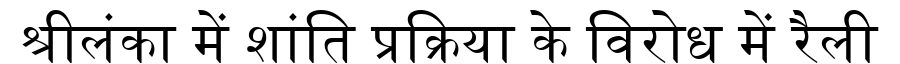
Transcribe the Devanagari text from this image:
श्रीलंका में शांति प्रक्रिया के विरोध में रैली